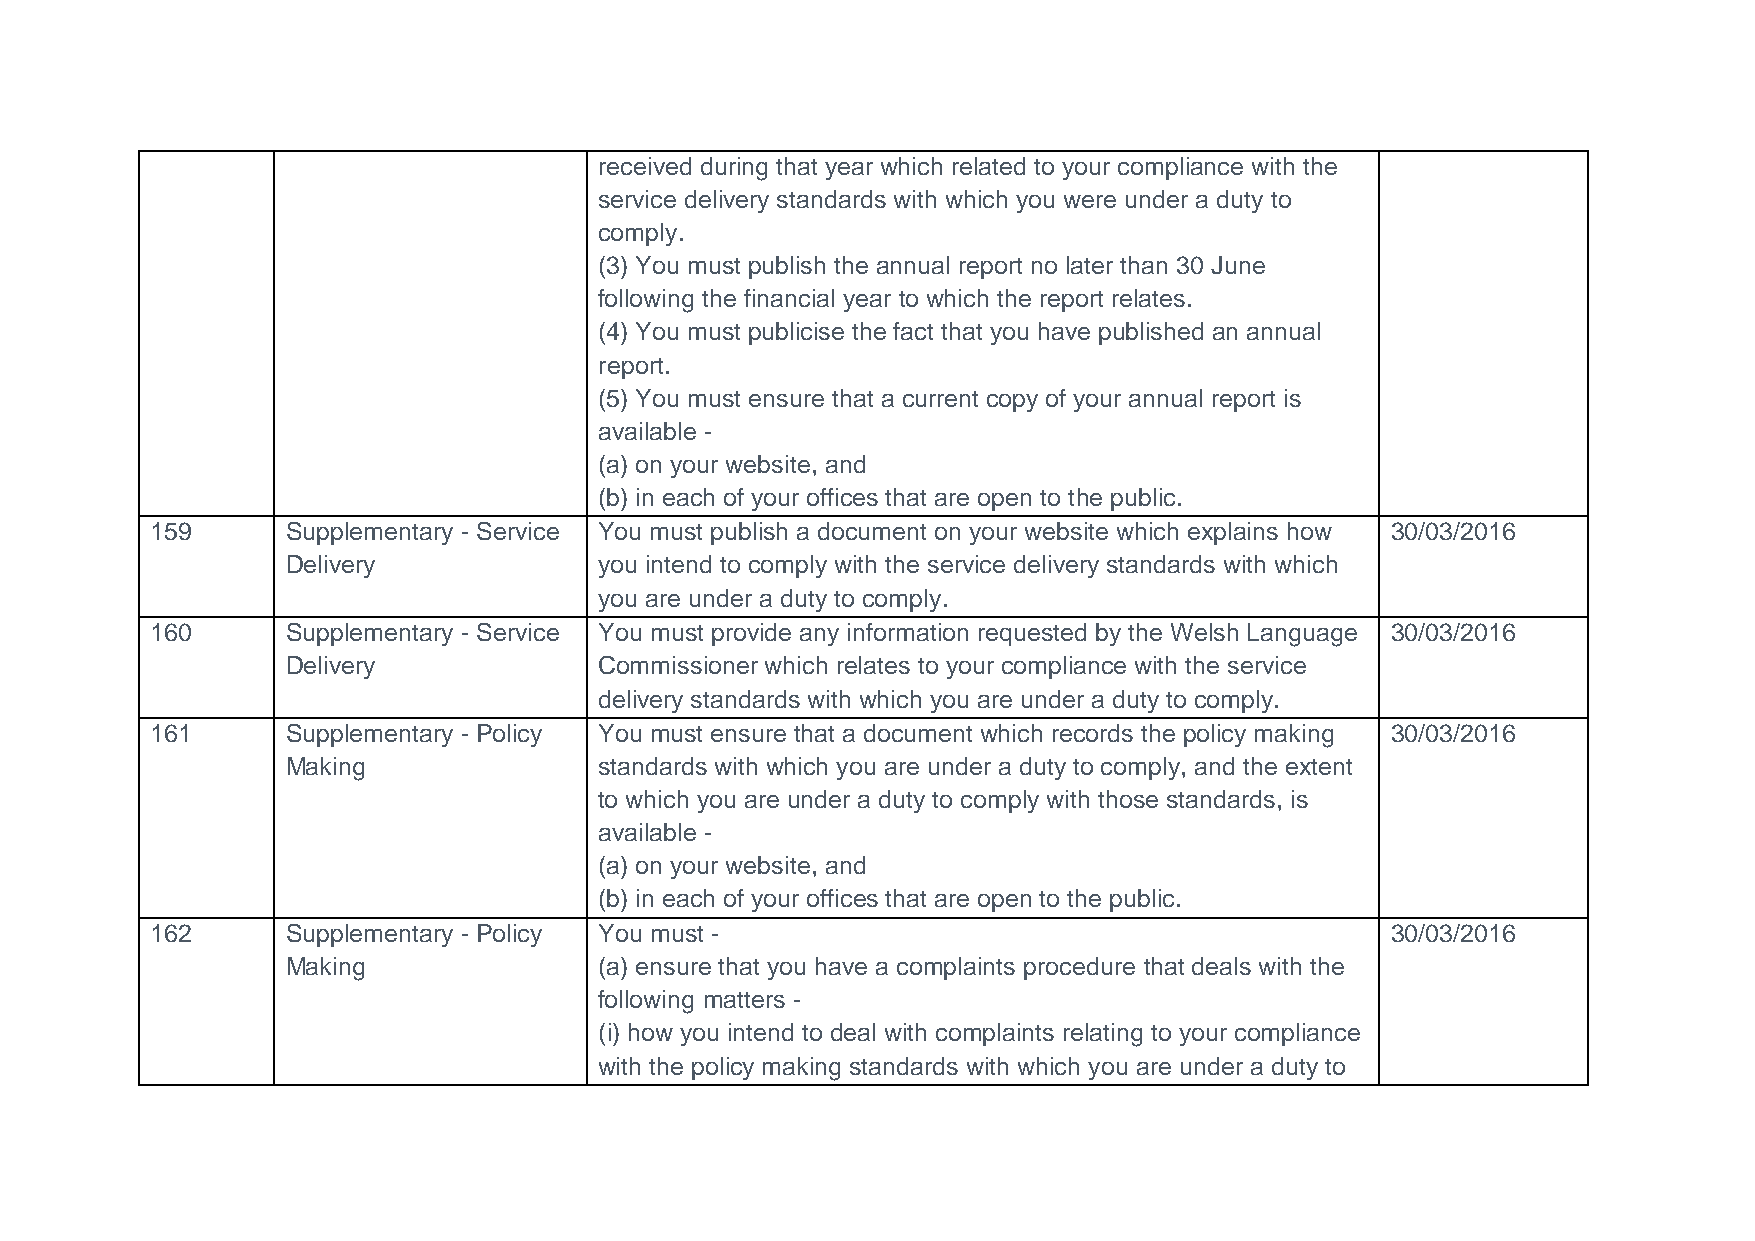
received during that year which related to your compliance with the
 service delivery standards with which you were under a duty to
 comply.
 (3) You must publish the annual report no later than 30 June
 following the financial year to which the report relates.
 (4) You must publicise the fact that you have published an annual
 report.
 (5) You must ensure that a current copy of your annual report is
 available -
 (a) on your website, and
 (b) in each of your offices that are open to the public.
 159      Supplementary - Service You must publish a document on your website which explains how 30/03/2016
 Delivery             you intend to comply with the service delivery standards with which
 you are under a duty to comply.
 160      Supplementary - Service You must provide any information requested by the Welsh Language 30/03/2016
 Delivery             Commissioner which relates to your compliance with the service
 delivery standards with which you are under a duty to comply.
 161      Supplementary - Policy You must ensure that a document which records the policy making 30/03/2016
 Making               standards with which you are under a duty to comply, and the extent
 to which you are under a duty to comply with those standards, is
 available -
 (a) on your website, and
 (b) in each of your offices that are open to the public.
 162      Supplementary - Policy You must -                                        30/03/2016
 Making               (a) ensure that you have a complaints procedure that deals with the
 following matters -
 (i) how you intend to deal with complaints relating to your compliance
 with the policy making standards with which you are under a duty to